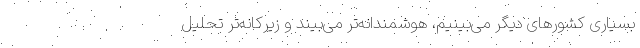
بسیاری کشورهای دیگر می‌بینیم، هوشمندانه‌تر می‌بیند و زیرکانه‌تر تحلیل